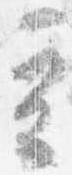
立